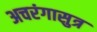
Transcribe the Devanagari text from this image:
अचरंगासुत्र